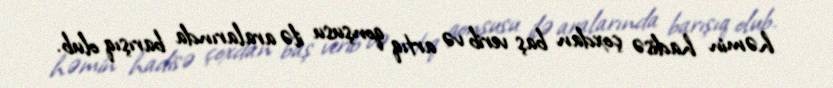
həmin hadisə çoxdan baş verib və artıq qonşusu ilə aralarında barışıq olub.